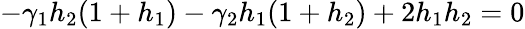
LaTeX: -\gamma_{1}h_{2}(1+h_{1})-\gamma_{2}h_{1}(1+h_{2})+2h_{1}h_{2}=0